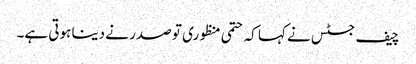
چیف جسٹس نے کہا کہ حتمی منظوری تو صدر نے دینا ہوتی ہے۔